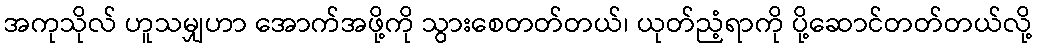
အကုသိုလ် ဟူသမျှဟာ အောက်အဖို့ကို သွားစေတတ်တယ်၊ ယုတ်ညံ့ရာကို ပို့ဆောင်တတ်တယ်လို့